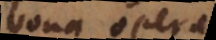
bona opera